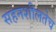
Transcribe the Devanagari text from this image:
सहनशीलतेच